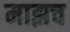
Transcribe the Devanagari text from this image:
माझच